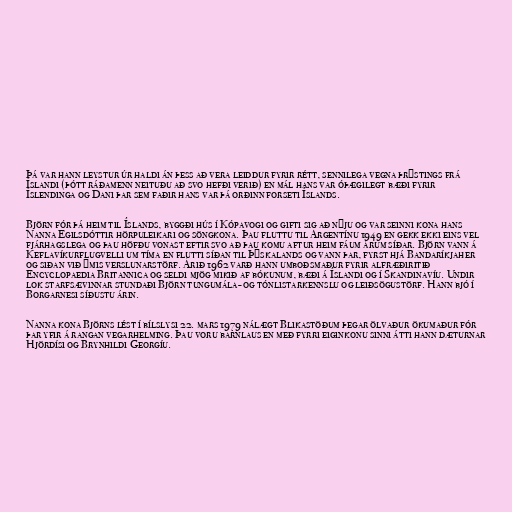
Þá var hann leystur úr haldi án þess að vera leiddur fyrir rétt, sennilega vegna þrýstings frá
Íslandi (þótt ráðamenn neituðu að svo hefði verið) en mál hans var óþægilegt bæði fyrir
Íslendinga og Dani þar sem faðir hans var þá orðinn forseti Íslands.

Björn fór þá heim til Íslands, byggði hús í Kópavogi og gifti sig að nýju og var seinni kona hans
Nanna Egilsdóttir hörpuleikari og söngkona. Þau fluttu til Argentínu 1949 en gekk ekki eins vel
fjárhagslega og þau höfðu vonast eftir svo að þau komu aftur heim fáum árum síðar. Björn vann á
Keflavíkurflugvelli um tíma en flutti síðan til Þýskalands og vann þar, fyrst hjá Bandaríkjaher
og siðan við ýmis verslunarstörf. Árið 1962 varð hann umboðsmaður fyrir alfræðiritið
Encyclopaedia Britannica og seldi mjög mikið af bókunum, bæði á Íslandi og í Skandinavíu. Undir
lok starfsævinnar stundaði Björn tungumála- og tónlistarkennslu og leiðsögustörf. Hann bjó í
Borgarnesi síðustu árin.

Nanna kona Björns lést í bílslysi 22. mars 1979 nálægt Blikastöðum þegar ölvaður ökumaður fór
þar yfir á rangan vegarhelming. Þau voru barnlaus en með fyrri eiginkonu sinni átti hann dæturnar
Hjördísi og Brynhildi Georgíu.